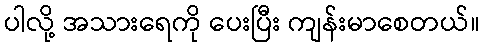
ပါလို့ အသားရေကို ပေးပြီး ကျန်းမာစေတယ်။